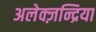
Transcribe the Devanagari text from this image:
अलेक्ज़न्द्रिया